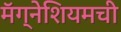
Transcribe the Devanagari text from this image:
मॅग्नेशियमची